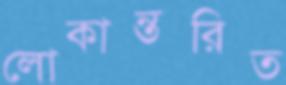
লোকান্তরিত